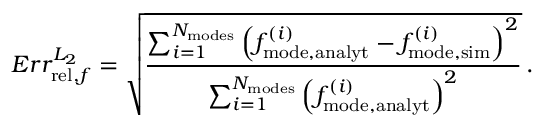
E r r _ { \mathrm { r e l } , f } ^ { L _ { 2 } } = \sqrt { \frac { \sum _ { i = 1 } ^ { N _ { \mathrm { m o d e s } } } \left( f _ { \mathrm { m o d e , a n a l y t } } ^ { ( i ) } - f _ { \mathrm { m o d e , s i m } } ^ { ( i ) } \right) ^ { 2 } } { \sum _ { i = 1 } ^ { N _ { \mathrm { m o d e s } } } \left( f _ { \mathrm { m o d e , a n a l y t } } ^ { ( i ) } \right) ^ { 2 } } } \, .